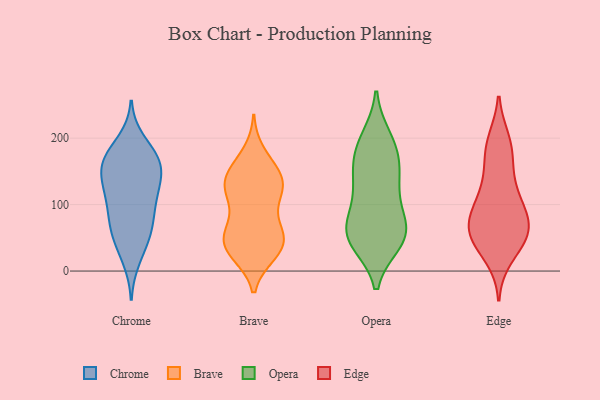
{"axis": {"x": "Page Views", "y": "Value"}, "legend": ["Brave", "Chrome", "Edge", "Opera"], "data": [{"x": "", "y": 117, "type": "Chrome"}, {"x": "", "y": 55, "type": "Chrome"}, {"x": "", "y": 171, "type": "Chrome"}, {"x": "", "y": 82, "type": "Chrome"}, {"x": "", "y": 148, "type": "Chrome"}, {"x": "", "y": 121, "type": "Chrome"}, {"x": "", "y": 18, "type": "Chrome"}, {"x": "", "y": 65, "type": "Chrome"}, {"x": "", "y": 123, "type": "Chrome"}, {"x": "", "y": 195, "type": "Chrome"}, {"x": "", "y": 159, "type": "Chrome"}, {"x": "", "y": 88, "type": "Chrome"}, {"x": "", "y": 161, "type": "Chrome"}, {"x": "", "y": 116, "type": "Chrome"}, {"x": "", "y": 168, "type": "Chrome"}, {"x": "", "y": 37, "type": "Chrome"}, {"x": "", "y": 153, "type": "Chrome"}, {"x": "", "y": 176, "type": "Chrome"}, {"x": "", "y": 64, "type": "Chrome"}, {"x": "", "y": 42, "type": "Brave"}, {"x": "", "y": 44, "type": "Brave"}, {"x": "", "y": 118, "type": "Brave"}, {"x": "", "y": 39, "type": "Brave"}, {"x": "", "y": 177, "type": "Brave"}, {"x": "", "y": 70, "type": "Brave"}, {"x": "", "y": 159, "type": "Brave"}, {"x": "", "y": 149, "type": "Brave"}, {"x": "", "y": 127, "type": "Brave"}, {"x": "", "y": 139, "type": "Brave"}, {"x": "", "y": 31, "type": "Brave"}, {"x": "", "y": 138, "type": "Brave"}, {"x": "", "y": 49, "type": "Brave"}, {"x": "", "y": 26, "type": "Brave"}, {"x": "", "y": 117, "type": "Brave"}, {"x": "", "y": 71, "type": "Brave"}, {"x": "", "y": 62, "type": "Brave"}, {"x": "", "y": 27, "type": "Brave"}, {"x": "", "y": 130, "type": "Brave"}, {"x": "", "y": 113, "type": "Brave"}, {"x": "", "y": 43, "type": "Opera"}, {"x": "", "y": 191, "type": "Opera"}, {"x": "", "y": 114, "type": "Opera"}, {"x": "", "y": 164, "type": "Opera"}, {"x": "", "y": 59, "type": "Opera"}, {"x": "", "y": 144, "type": "Opera"}, {"x": "", "y": 200, "type": "Opera"}, {"x": "", "y": 128, "type": "Opera"}, {"x": "", "y": 57, "type": "Opera"}, {"x": "", "y": 44, "type": "Opera"}, {"x": "", "y": 58, "type": "Opera"}, {"x": "", "y": 89, "type": "Opera"}, {"x": "", "y": 153, "type": "Opera"}, {"x": "", "y": 47, "type": "Opera"}, {"x": "", "y": 72, "type": "Opera"}, {"x": "", "y": 187, "type": "Opera"}, {"x": "", "y": 188, "type": "Edge"}, {"x": "", "y": 182, "type": "Edge"}, {"x": "", "y": 125, "type": "Edge"}, {"x": "", "y": 23, "type": "Edge"}, {"x": "", "y": 50, "type": "Edge"}, {"x": "", "y": 112, "type": "Edge"}, {"x": "", "y": 45, "type": "Edge"}, {"x": "", "y": 195, "type": "Edge"}, {"x": "", "y": 95, "type": "Edge"}, {"x": "", "y": 74, "type": "Edge"}, {"x": "", "y": 59, "type": "Edge"}, {"x": "", "y": 152, "type": "Edge"}, {"x": "", "y": 52, "type": "Edge"}, {"x": "", "y": 75, "type": "Edge"}, {"x": "", "y": 90, "type": "Edge"}, {"x": "", "y": 56, "type": "Edge"}]}